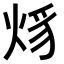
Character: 𤉒